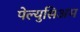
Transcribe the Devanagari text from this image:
पेल्युसिअम